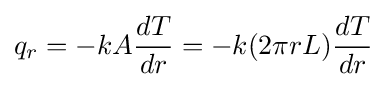
{q_{r}=-kA{dT \over dr}=-k(2\pi rL){dT \over dr}}